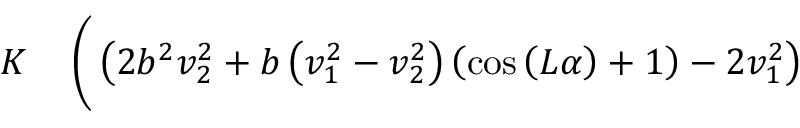
\begin{array} { r l } { K } & { { } \left( \vphantom { \sqrt { v _ { 1 } ^ { 4 } v _ { 2 } ^ { 4 } \left( \left( 2 b ^ { 2 } - 2 \right) \left( b ^ { 2 } v _ { 2 } ^ { 4 } - v _ { 1 } ^ { 4 } \right) \left( \cos { \left( L \alpha \right) } - 1 \right) + \left( 2 b ^ { 2 } v _ { 2 } ^ { 2 } + b \left( v _ { 1 } ^ { 2 } - v _ { 2 } ^ { 2 } \right) \left( \cos { \left( L \alpha \right) } + 1 \right) - 2 v _ { 1 } ^ { 2 } \right) ^ { 2 } \right) } } \left( 2 b ^ { 2 } v _ { 2 } ^ { 2 } + b \left( v _ { 1 } ^ { 2 } - v _ { 2 } ^ { 2 } \right) \left( \cos { \left( L \alpha \right) } + 1 \right) - 2 v _ { 1 } ^ { 2 } \right) \right. } \end{array}